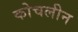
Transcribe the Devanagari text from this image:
कोचलीन